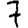
Digit: 7